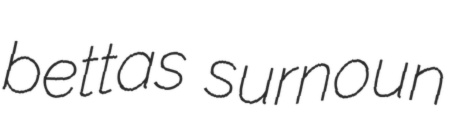
bettas surnoun